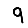
Digit: 9